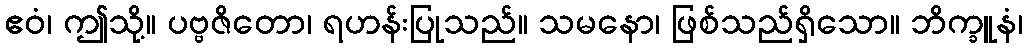
ဧဝံ၊ ဤသို့။ ပဗ္ဗဇိတော၊ ရဟန်းပြုသည်။ သမနော၊ ဖြစ်သည်ရှိသော။ ဘိက္ခူနံ၊